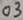
Text: 03